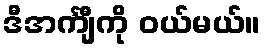
ဒီအင်္ကျီကို ဝယ်မယ်။